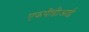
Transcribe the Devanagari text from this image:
एफपीडीआई